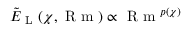
\tilde { E } _ { \mathrm { ~ L ~ } } ( \chi , \mathrm { ~ R ~ m ~ } ) \propto \mathrm { ~ R ~ m ~ } ^ { p ( \chi ) }